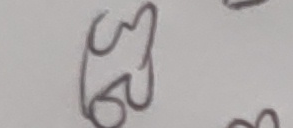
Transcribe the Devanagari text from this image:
ठुटु